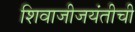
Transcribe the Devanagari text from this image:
शिवाजीजयंतीची